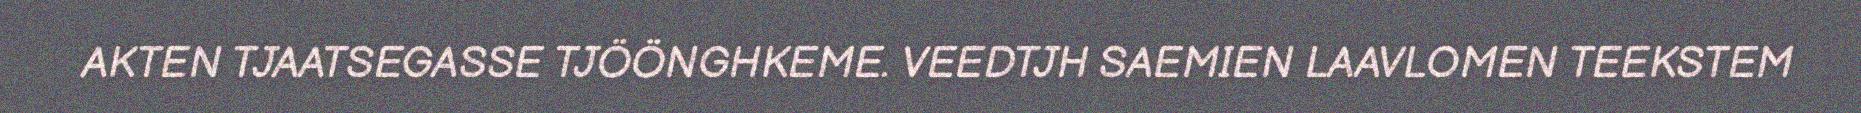
AKTEN TJAATSEGASSE TJÖÖNGHKEME. VEEDTJH SAEMIEN LAAVLOMEN TEEKSTEM